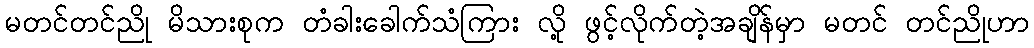
မတင်တင်ညို မိသားစုက တံခါးခေါက်သံကြား လို့ ဖွင့်လိုက်တဲ့အချိန်မှာ မတင် တင်ညိုဟာ